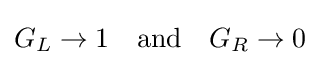
G_{L}\to 1\quad {\mbox{and}}\quad G_{R}\to 0